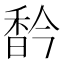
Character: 𩠻